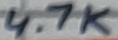
Text: 4.7K